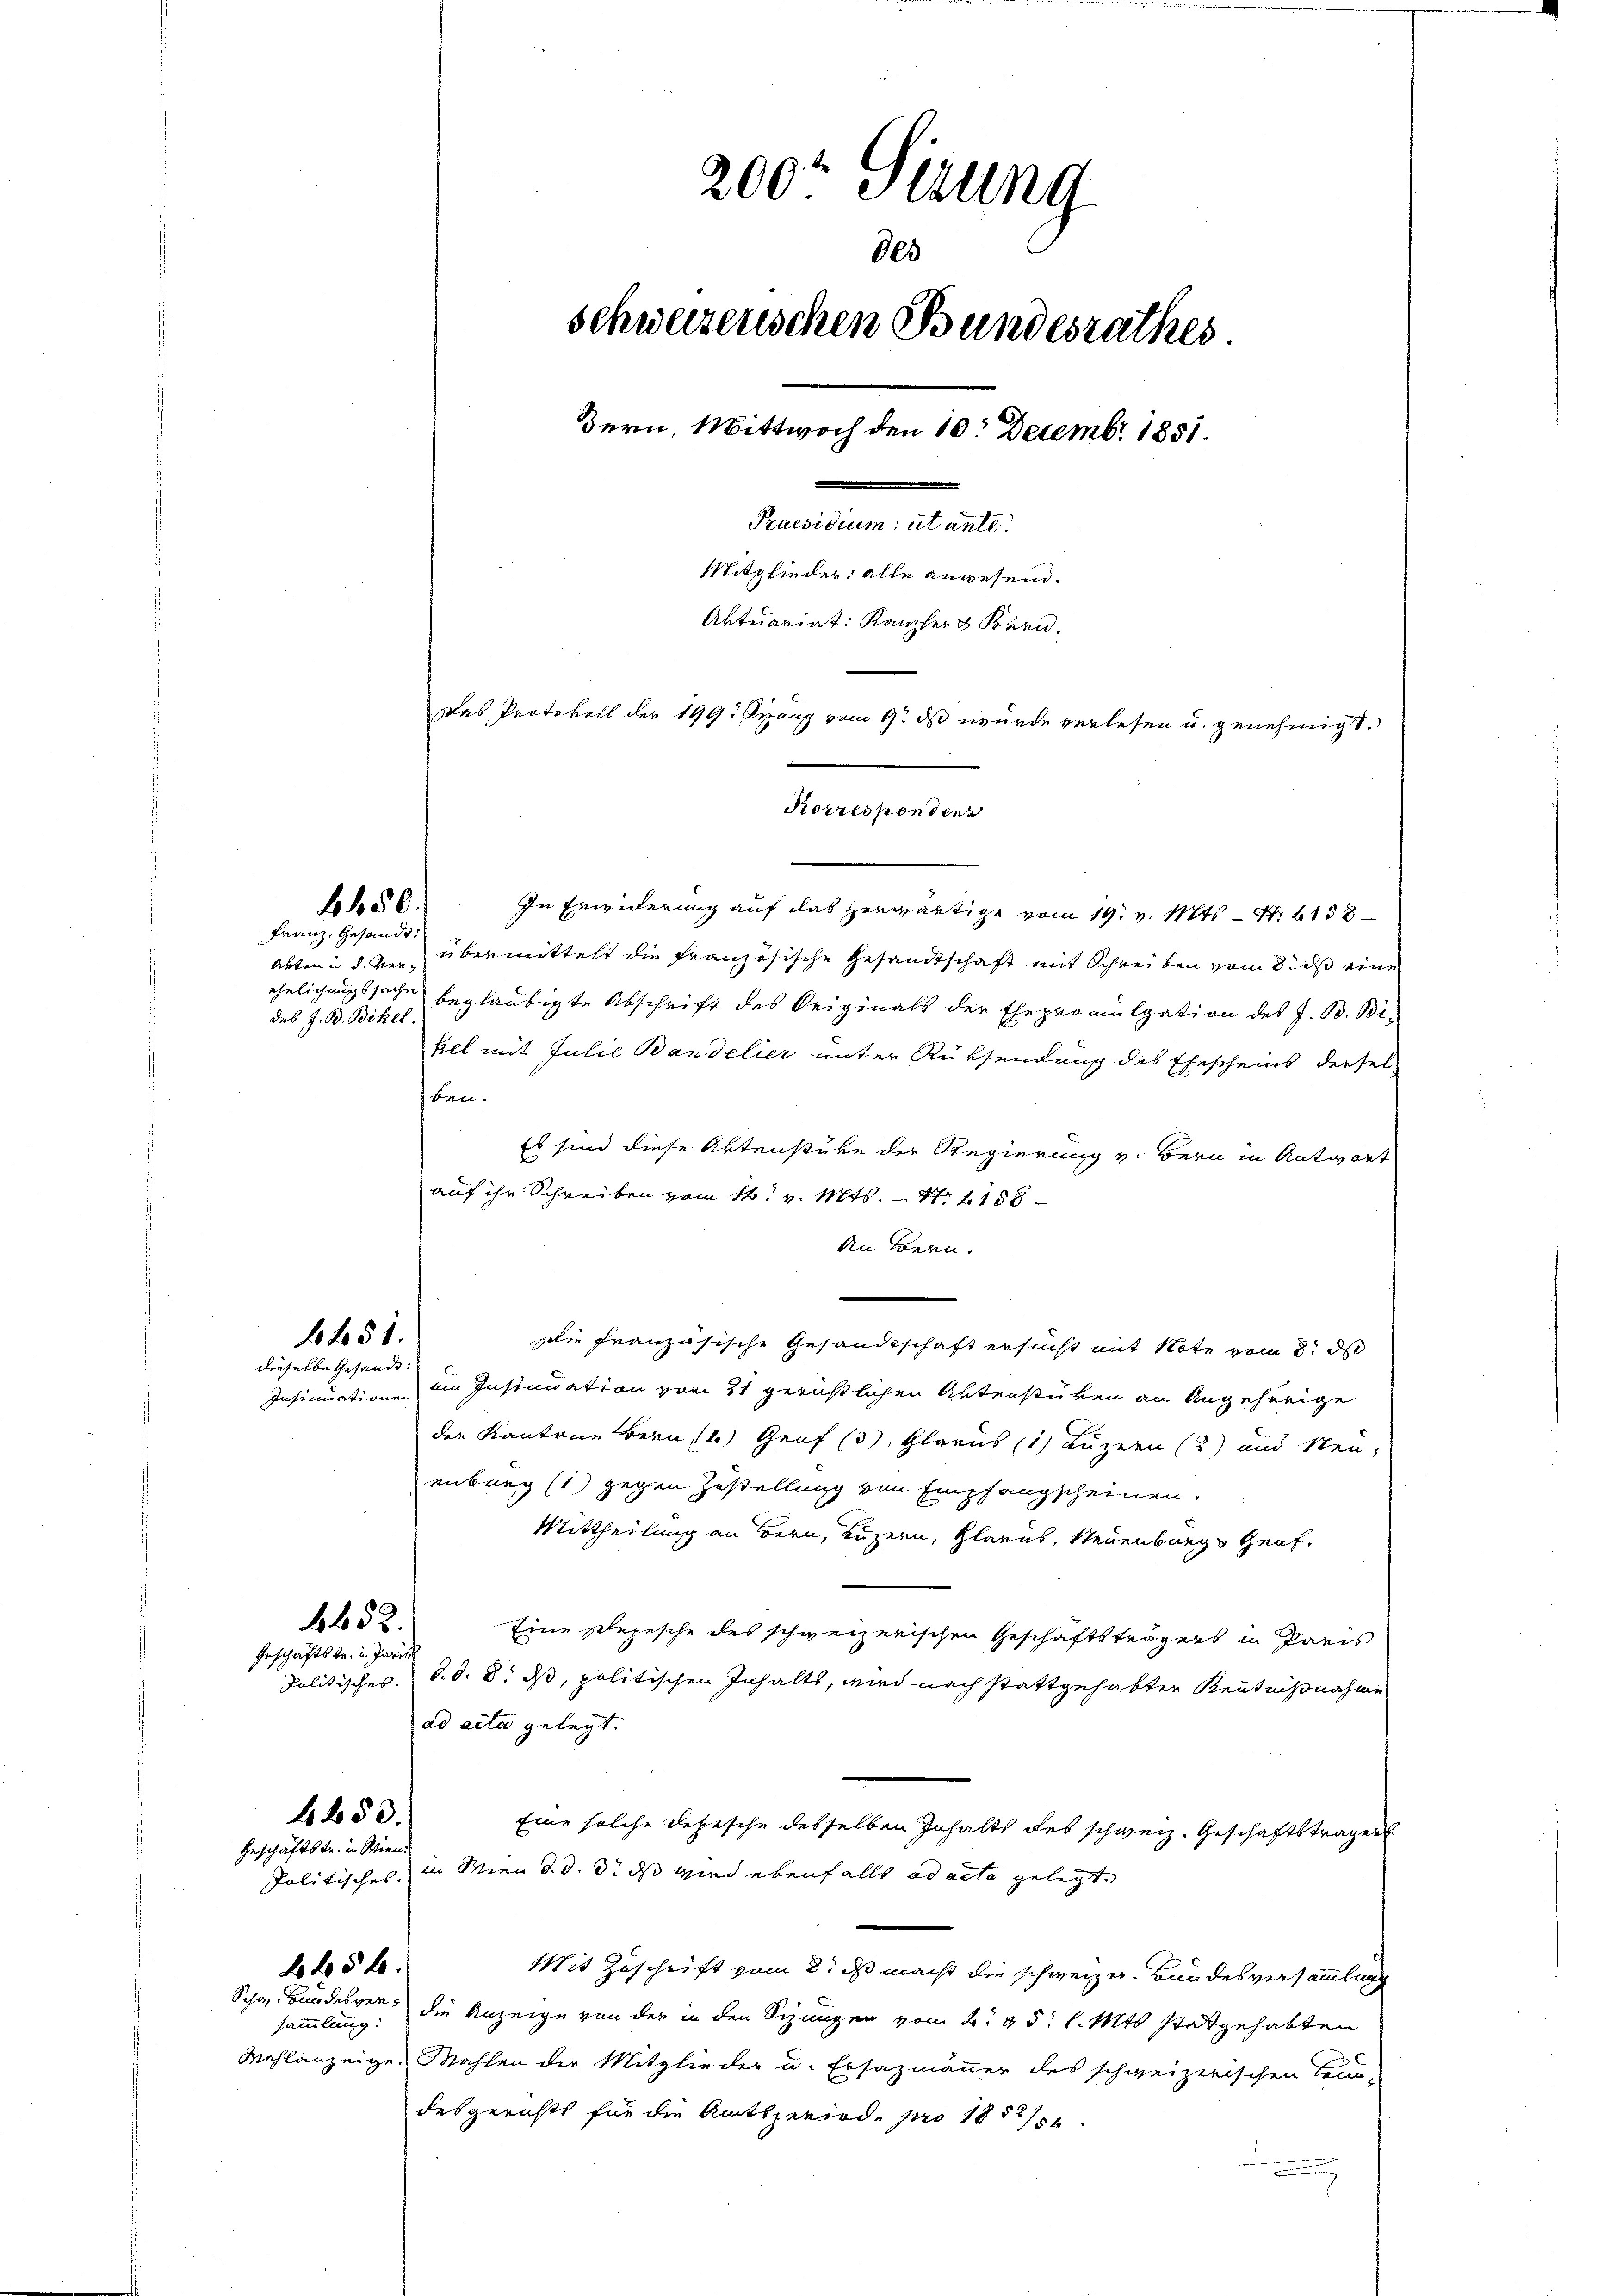
Franz, Gesandt:
des J. B. Bickel

650.

1451.

dieselbe Gesandt:

Geschäftstr. in Parit

6652.

4653.

Geschäftstr. in Wien.

2 45 x

sammlung:

In Erwiderung auf das herwärtige vom 19. v. Mts. – N. 1158
Akten in d. den übermittelt die Französische Gesandtschaft mit Schreiben vom 8. ds eine
ehelichungssache beglaubigte Abschrift des Seiginals der Ehepromulgation des J. B. Bikel mit Julie Bandelier unter Rücksendung des Ehescheins dersel
ben.
Es sind diese Aktenstube der Regierung v. Bern in Antwort
auf ihr Schreiben vom 14t v. Mts. - No 1158
An Bern.
Die französische Gesandtschaft ersucht mit Note vom 8. d
Insinuatione im Insinuation vom 21 gerichtlichen Aktenstücken an Angehörige
der Kantone Bern, Genf (3), Glarus (1) Luzern (2) und Neuenburg (1) gegen Zustellung von Empfangscheinen.
Mittheilung an Bern, Luzern, Glarus, Neuenburg Genf.
Eine Depesche des schweizerischen Geschäftsträgers in Paris
Politisches. S. d. 8. ds, politischen Inhalts, wird nach stattgehabten Kenntnißnahme
ad acta gelegt.
Eine solche Depesche desselben Inhalts des schweiz. Geschäftsträger
Politisches in Wien d. d. 3. ds wird ebenfalls ad acta gelegt.
Mit Zuschrift vom 8. ds macht die schweizer. Bundesversammlung
Schon Bundesver, die Anzeige von der in den Sizungen vom 2. 25 l. Mts. stattgehabten
Wahlanzeige, Mahlen der Mitglieder u. Ersazmänner des schweizerischen Tenn-
desgerichts für die Amtsperiode pro 1852/

200r Sizung
des
schweizerischen Bundesrathes
Bern, Mittwoch den 10. Decemb. 1851.
dammen werden.
Mitglieder: alle angesend.
Aktuariat: Kanzler & Kern.
Das Protokoll der 199. Sang vom 9. ds wurde verlesen u. genehmigt.
Korrespondenz